Civil Veterinary Dept. Bombay admin report 1932-41 - 1932-1941
Year: 1932
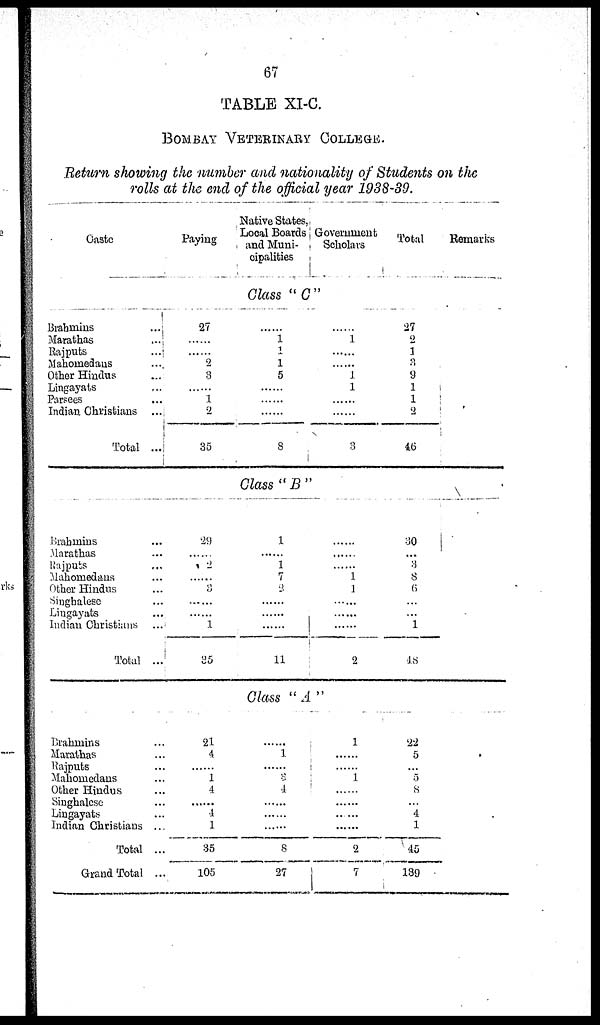
67
TABLE XI-C.
BOMBAY VETERINARY COLLEGE
Return showing the number and nationality of Students on the
rolls at the end of the official year 1938-39.
Caste
Brahniins
...
Marathas
...
Rajputs
...
Mahomedans ...
Other Hindus ...
Lingayats ...
Parsees ...
Indian Christians
...
Total ...
Brahmins ...
Marathas ...
Rajputs ...
Mahomedans ...
Other Hindus
Singhalese ...
Lingayats ...
Indian Christians
...
Total ...
Brahmins ...
Marathas ...
Rajputs ...
Mahomedans ...
Other Hindus ...
Singhalese ...
Lingayats ...
Indian Christians ...
Total ...
Grand Total ...
Paying
27
......
......
2
8
......
1
2
35
29
......
2
......
3
......
......
1
85
21
4
......
1
4
......
4
1
35
105
Native States,
Local Boards
and Muni-
cipalities
Government
Scholars
Class "C"
......
1
1
1
5
......
......
......
8
Class "B"
1
......
1
7
2
......
......
......
11
......
1
......
......
1
1
......
......
3
......
......
1
1
......
......
......
2
Class "A"
......
1
......
3
4
......
......
......
8
27
1
......
......
1
......
......
......
......
2
7
Total
27
2
1
3
9
1
1
2
46
30
...
3
8
6
...
...
1
48
22
5
...
5
8
...
4
1
45
139
Remarks